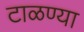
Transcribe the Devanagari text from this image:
टाळण्या